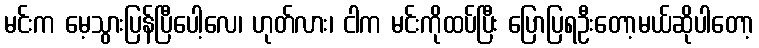
မင်းက မေ့သွားပြန်ပြီပေါ့လေ၊ ဟုတ်လား၊ ငါက မင်းကိုထပ်ပြီး ပြောပြရဦးတော့မယ်ဆိုပါတော့